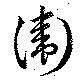
衞